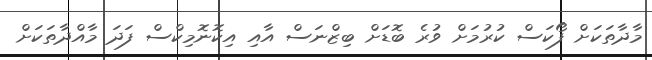
މާދާތަކަށް ފޯކަސް ކުރުމަށް ވުރެ ބޮޑަށް ބިޒްނަސް އާއި އިކޮނޮމިކްސް ފަދަ މާއްދާތަކަށް